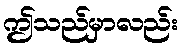
ဤသည်မှာလည်း